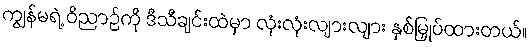
ကျွန်မရဲ့ ဝိညာဉ်ကို ဒီသီချင်းထဲမှာ လုံးလုံးလျားလျား နှစ်မြှုပ်ထားတယ်။